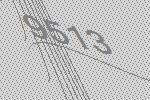
9513